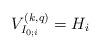
LaTeX: \begin{align*}V^{(k,q)}_{I_{0;i}}=H_i\,\end{align*}